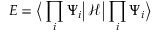
E = \Big \langle \prod _ { i } \Psi _ { i } \Big | \, \mathcal { H } \, \Big | \prod _ { i } \Psi _ { i } \Big \rangle